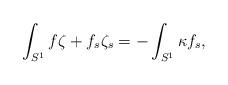
LaTeX: \begin{align*}\int_{S^{1}}f\zeta+f_{s}\zeta_{s}=-\int_{S^{1}} \kappa f_{s},\end{align*}